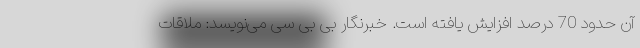
آن حدود 70 درصد افزایش یافته است. خبرنگار بی بی سی می‌نویسد: ملاقات